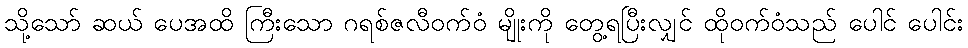
သို့သော် ဆယ် ပေအထိ ကြီးသော ဂရစ်ဇလီဝက်ဝံ မျိုးကို တွေ့ရပြီးလျှင် ထိုဝက်ဝံသည် ပေါင် ပေါင်း